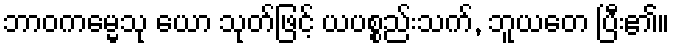
ဘာဝကမ္မေသု ယော သုတ်ဖြင့် ယပစ္စည်းသက်, ဘူယတေ ပြီး၏။